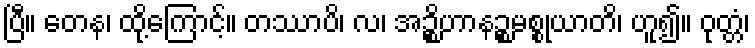
ပြီ။ တေန၊ ထို့ကြောင့်။ တဿာပိ၊ လ၊ အဉ္စိဟာနဉ္စမစ္စုယာတိ၊ ဟူ၍။ ဝုတ္တံ၊